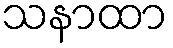
သနာထာ